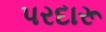
પરદારૂ